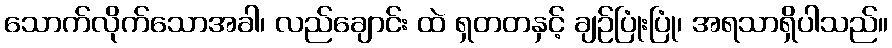
သောက်လိုက်သောအခါ၊ လည်ချောင်း ထဲ ရှတတနှင့် ချဉ်ပြုံးပြုံ၊ အရသာရှိပါသည်။